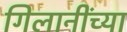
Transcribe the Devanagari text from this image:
गिलानींच्या